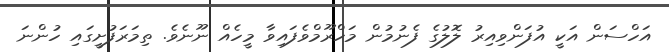
އަހްސަން އަކީ އުފަންވިއިރު ލޮލުގެ ފެނުމުން މަހްރޫމްވެފައިވާ މީހެއް ނޫނެވެ. ތިމަރަފުށީގައި ހުންނަ